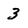
Character: 3